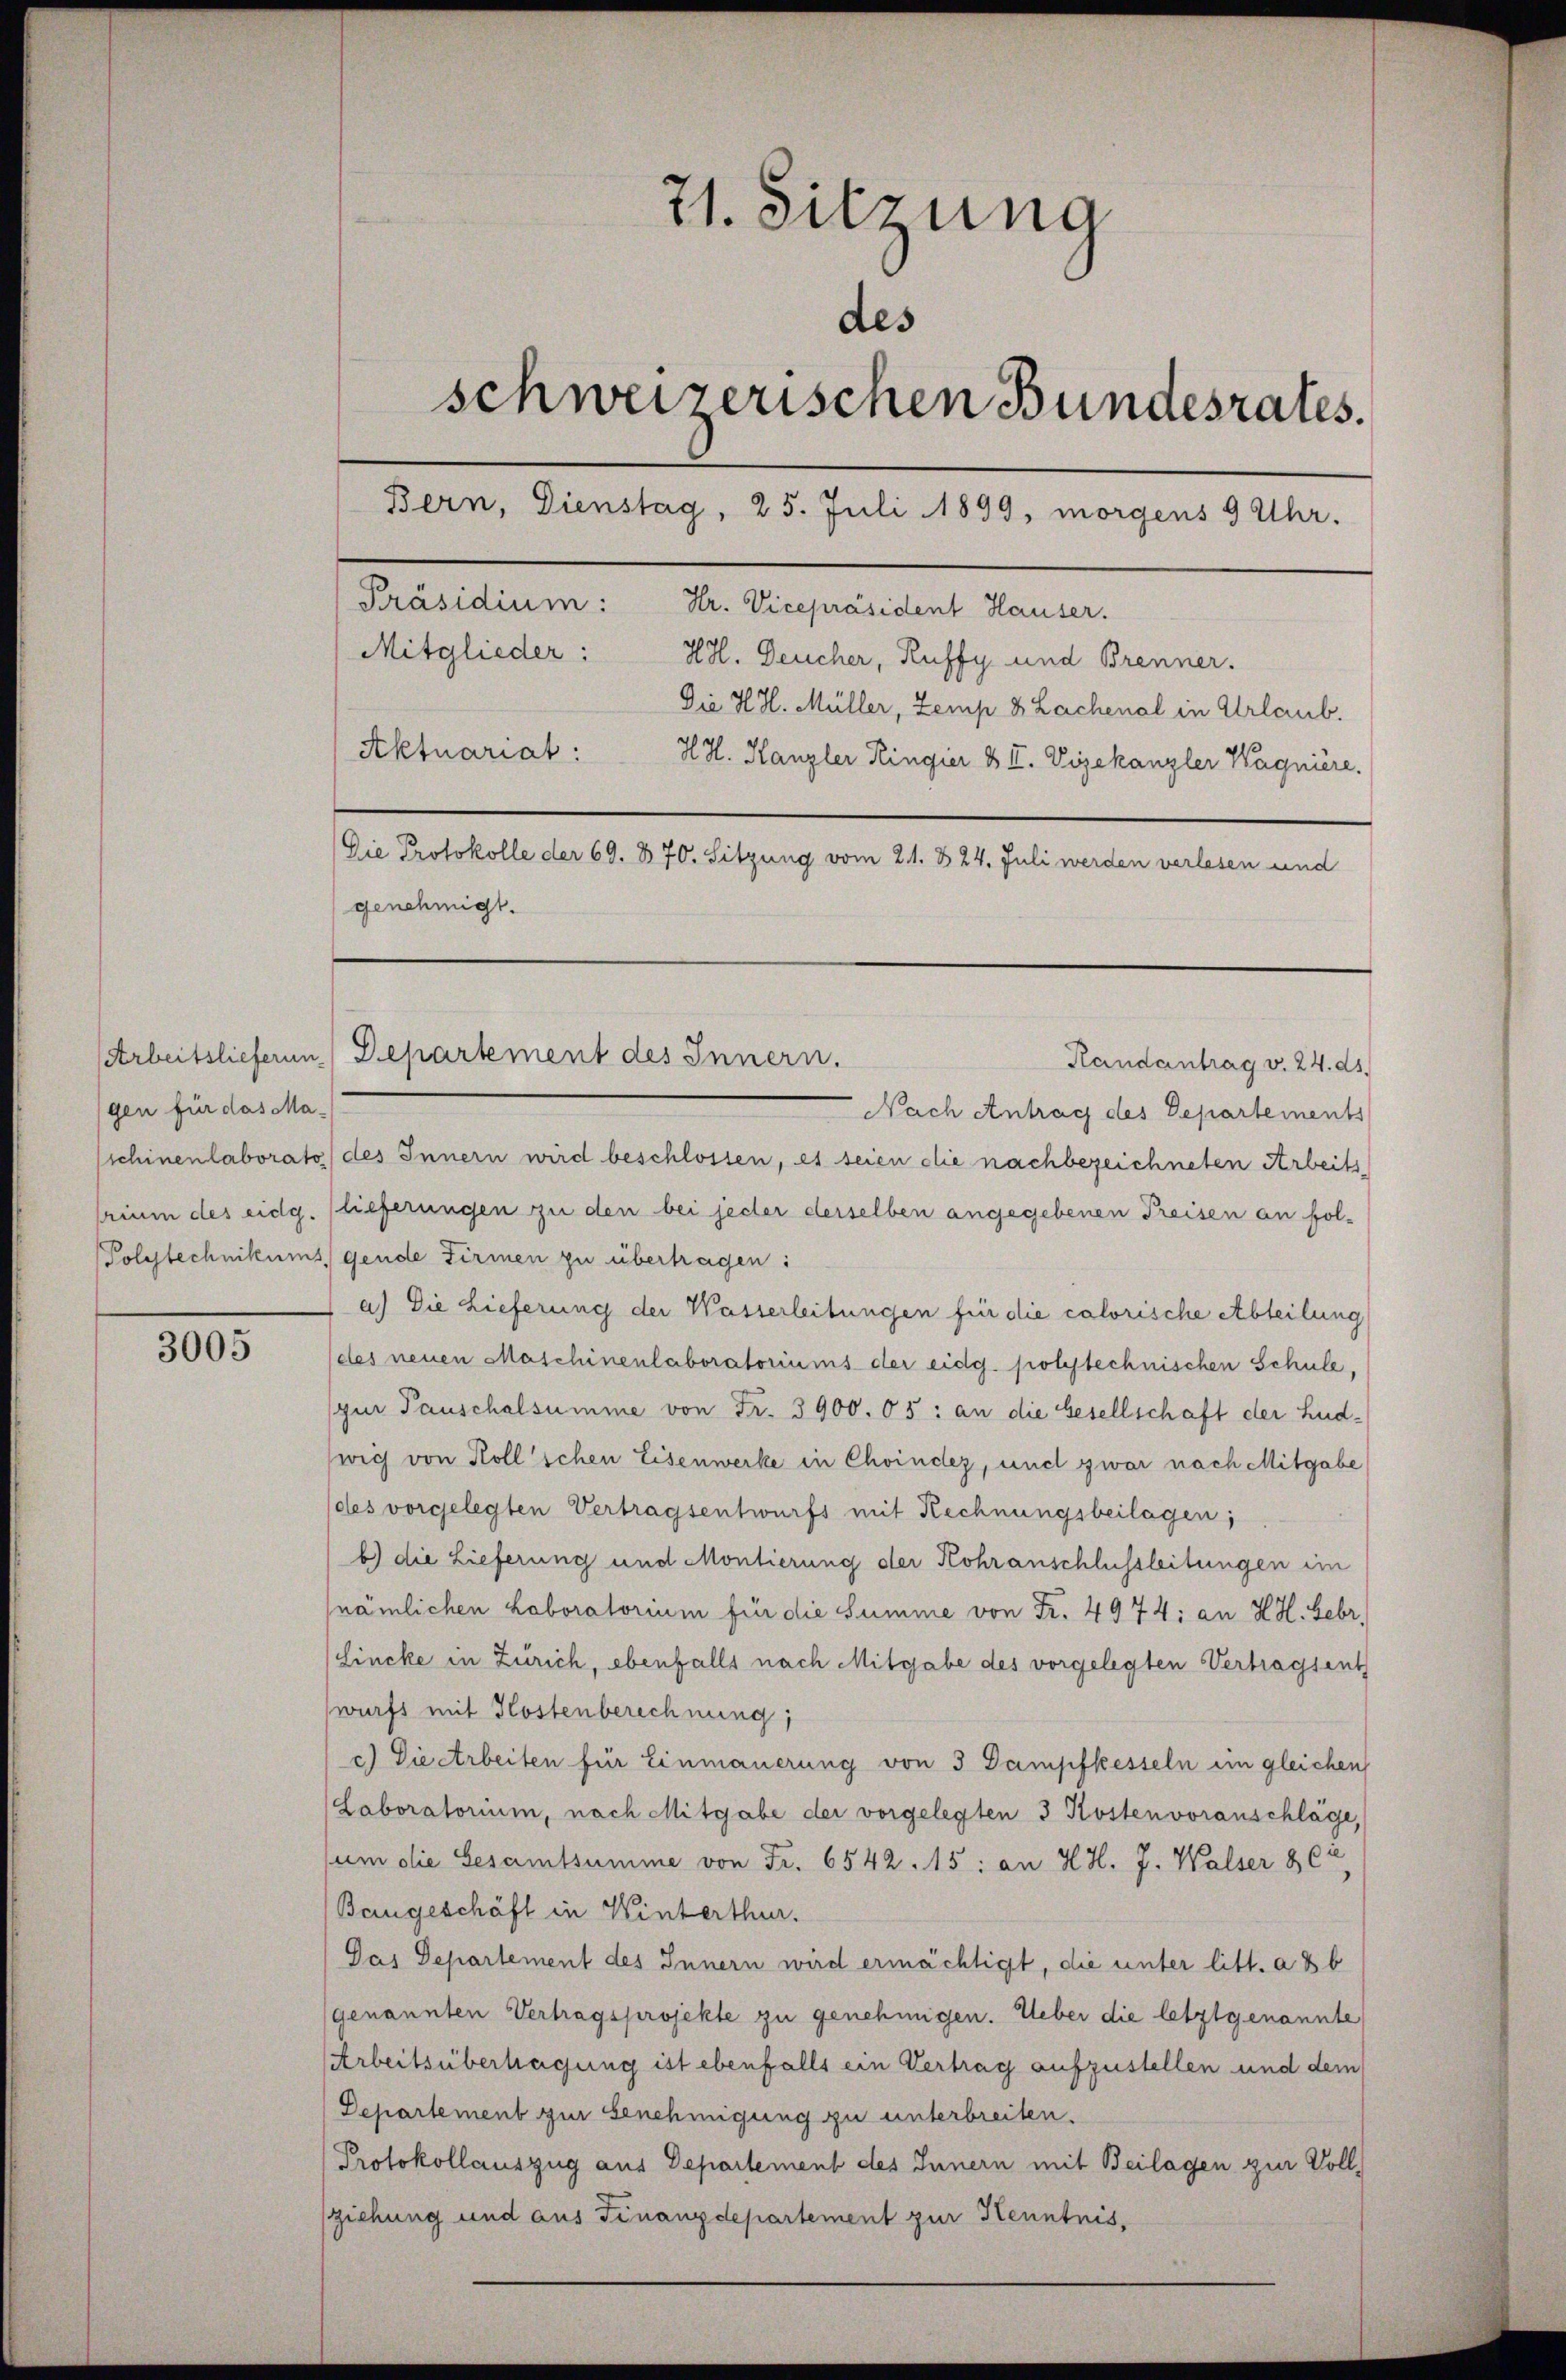
gen für das Ma¬

3005

71. Sitzung
des
schweizerischen Bundesrates.
Bern, Dienstag, 25. Juli 1899, morgens 9 Uhr.
Präsidium: Hr. Vicepräsident Hauser.
Mitglieder: HH. Deucher, Ruffy und Brenner.
Die H. H. Müller, Zemp 8 Lachenal in Urlaub.
Aktuariat: H. H. Kanzler Ringier & II. Vizekanzler Wagnière.
Die Protokolle der 69. 870. Sitzung vom 21. & 24. Juli werden verlesen und
genehmigt.

Arbeitslieferen Departement des Innern.

Randantrag v. 24. ds.
Nach Antrag des Departements
schinenlaborato des Innern wird beschlossen, es seien die nachbezeichneten Arbeits
rium des eidg. lieferungen zu den bei jeder derselben angegebenen Preisen an fol-
Polytechnikums gende Firmen zu übertragen:
a) Die Lieferung der Wasserleitungen für die calorische Abteilung
des neuen Maschinenlaboratoriums der eidg. polytechnischen Schule,
(zur Tauschalsumme von Fr. 3900. 05: an die Gesellschaft der Ludwig von Koll’schen Eisenwerke in Choindez, und zwar nach Mitgabe
(des vorgelegten Vertragsentwurfs mit Rechnungsbeilagen;
b) die Lieferung und Montierung der Kohranschlussleitungen im
nämlichen Laboratorium für die Summe von Fr. 4974; an H. H. Febr.
(Lincke in Zürich, ebenfalls nach Mitgabe des vorgelegten Vertragsent
wurfs mit Kostenberechnung;
c) Die erbeiten für Einmauerung von 3 Dampfkesseln ein gleichen
(Laboratorium, nach Mitgabe der vorgelegten 3 Kostenvoranschläge,
sum die Gesamtsumme von Fr. 6542. 15: an H. H. J. Walser & Ci
Bangeschäft in Winterthur.
Das Departement des Innern wird ermächtigt, die unter litt. a & b
genannten Vertragsprojekte zu genehmigen. Ueber die letztgenannte
Arbeitsüberhagung ist ebenfalls ein Vertrag aufzustellen und dem
Departement zur Genehmigung zu unterbreiten.
Protokollauszug aus Departement des Innern mit Beilagen zur Voll-
(ziehung und aus Finanzdepartement zur Kenntnis¬